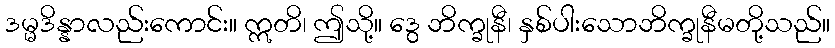
ဒမ္မဒိန္နာလည်းကောင်း။ ဣတိ၊ ဤသို့။ ဒွေ ဘိက္ခုနီ၊ နှစ်ပါးသောဘိက္ခုနီမတို့သည်။